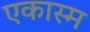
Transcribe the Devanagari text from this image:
एकास्म